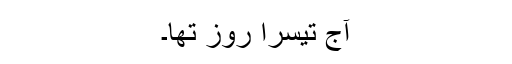
آج تیسرا روز تھا۔